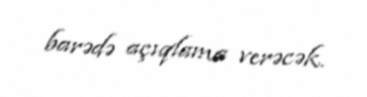
barədə açıqlama verəcək.